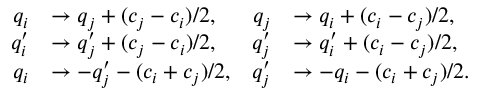
\begin{array} { r l r l } { q _ { i } } & { \to q _ { j } + ( c _ { j } - c _ { i } ) / 2 , } & { q _ { j } } & { \to q _ { i } + ( c _ { i } - c _ { j } ) / 2 , } \\ { q _ { i } ^ { \prime } } & { \to q _ { j } ^ { \prime } + ( c _ { j } - c _ { i } ) / 2 , } & { q _ { j } ^ { \prime } } & { \to q _ { i } ^ { \prime } + ( c _ { i } - c _ { j } ) / 2 , } \\ { q _ { i } } & { \to - q _ { j } ^ { \prime } - ( c _ { i } + c _ { j } ) / 2 , } & { q _ { j } ^ { \prime } } & { \to - q _ { i } - ( c _ { i } + c _ { j } ) / 2 . } \end{array}